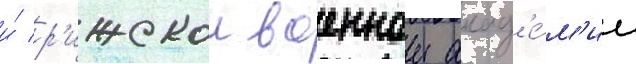
и́ р'ижскои военнои акад'е́м'ии